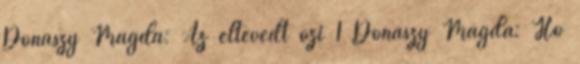
Donászy Magda: Az eltévedt őzi 1 Donászy Magda: Hó